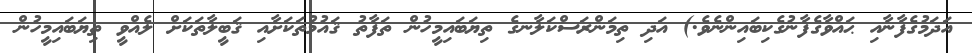
އަދަމުގެފާނާއި ޙައްވާގެފާނުގެކިބައިންނެވެ.) އަދި ތިމަންރަސްކަލާނގެ ތިޔަބައިމީހުން ތަފާތު ޤައުމުތަކަށާއި ޤަބީލާތަކަށް ލެއްވީ ތިޔަބައިމީހުން